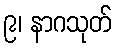
၉၊ နာဂသုတ်